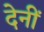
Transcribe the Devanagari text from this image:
देनीं